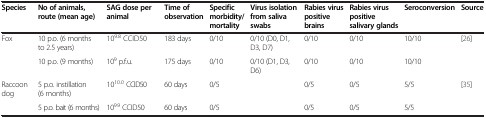
| Species | No of animals, route (mean age) | SAG dose per animal | Time of observation | Specific morbidity/mortality | Virus isolation from saliva swabs | Rabies virus positive brains | Rabies virus positive salivary glands | Seroconversion | Source |
 | --- | --- | --- | --- | --- | --- | --- | --- | --- | --- |
 | Fox | 10 p.o. (6 months to 2.5 years) | 109.8 CCID50 | 183 days | 0/10 | 0/10 (D0, D1, D3, D7) | 0/10 | 0/10 | 10/10 | [26] |
 |  | 10 p.o. (9 months) | 109 p.f.u. | 175 days | 0/10 | 0/10 (D1, D3, D6) | 0/10 | 0/10 | 10/10 |  |
 | Raccoon dog | 5 p.o. instillation (6 months) | 1010.0 CCID50 | 60 days | 0/5 |  | 0/5 | 0/5 | 5/5 | [35] |
 |  | 5 p.o. bait (6 months) | 109.9 CCID50 | 60 days | 0/5 |  | 0/5 | 0/5 | 5/5 |  |